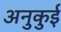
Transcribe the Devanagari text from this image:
अनुकुई